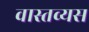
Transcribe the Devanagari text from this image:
वास्तव्यस